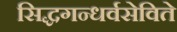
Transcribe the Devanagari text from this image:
सिद्धगन्धर्वसेविते